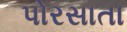
પોરસાતા